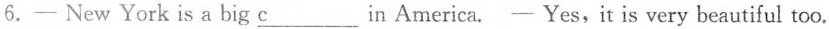
6.- New York is a big \underline{c}___ in America.- Yes,it is very beautiful too.